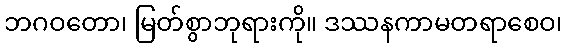
ဘဂဝတော၊ မြတ်စွာဘုရားကို။ ဒဿနကာမတရာစေဝ၊